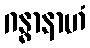
ဂန္ဓာနာဟံ